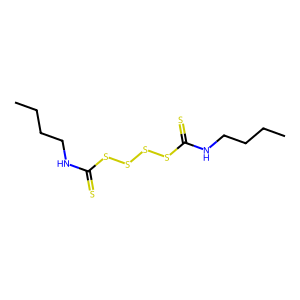
SMILES: CCCCNC(=S)SSSSC(=S)NCCCC
Inhibits HIV replication: No